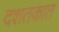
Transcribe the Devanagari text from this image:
दशतकात